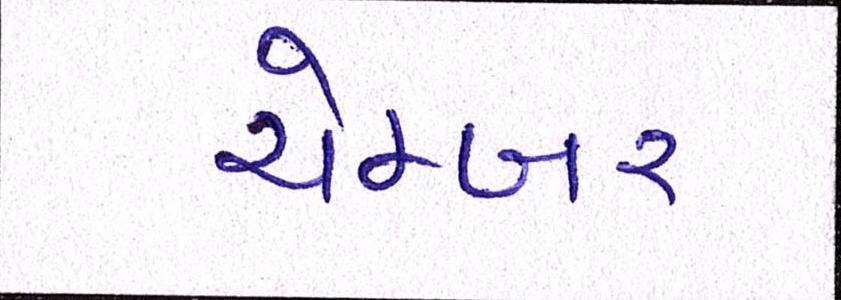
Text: ચેમ્બર